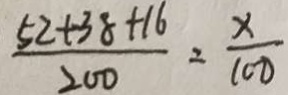
\frac { 5 2 + 3 8 + 1 6 } { 2 0 0 } = \frac { x } { 1 0 0 }